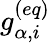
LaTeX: g_{\alpha,i}^{(eq)}